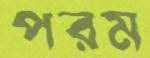
পরম